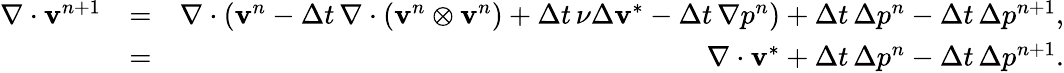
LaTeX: \begin{array}{rlr}{\nabla\cdot\mathbf{v}^{n+1}}&{=}&{\nabla\cdot\left(\mathbf{v}^{n}-{\Delta t}\, \nabla\cdot(\mathbf{v}^{n}\otimes\mathbf{v}^{n})+{\Delta t}\, \nu\Delta\mathbf{v}^{*}-{\Delta t}\, \nabla p^{n}\right)+{\Delta t}\, \Delta p^{n}-{\Delta t}\, \Delta p^{n+1},}\\ &{=}&{\nabla\cdot\mathbf{v}^{*}+{\Delta t}\, \Delta p^{n}-{\Delta t}\, \Delta p^{n+1}.}\end{array}